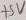
Text: +5V